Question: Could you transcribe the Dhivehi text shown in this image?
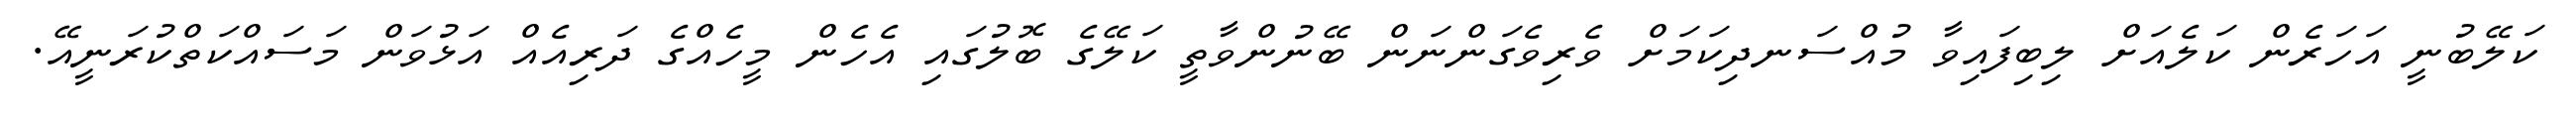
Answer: ކަލޭބުނީ އަހަރެން ކަލެއަށް ލިބިފައިވާ މުއްސަނދިކަމަށް ވެރިވެގަންނަން ބޭނުންވާތީ ކަލޭގެ ބޮލުގައި އެހެން މީހެއްގެ ދަރިއެއް އަޅުވަން މަސައްކަތްކުރަނީއޭ.